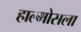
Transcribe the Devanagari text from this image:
हाल्मोसला